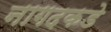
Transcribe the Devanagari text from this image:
नागदकडे